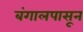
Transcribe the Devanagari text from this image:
बंगालपासून